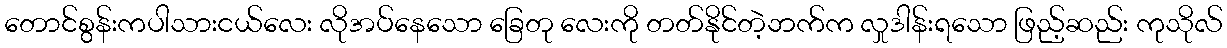
တောင်စွန်းကပါသားငယ်လေး လိုအပ်နေသော ခြေတု လေးကို တတ်နိုင်တဲ့ဘက်က လှုဒါန်းရသော ဖြည့်ဆည်း ကုသိုလ်